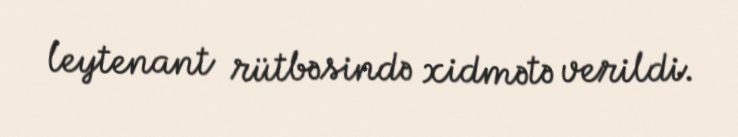
leytenant rütbəsində xidmətə verildi.